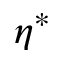
\eta ^ { * }